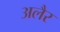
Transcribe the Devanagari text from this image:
अलैर